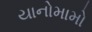
યાનોમામો